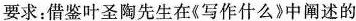
要求：借鉴叶圣陶先生在《写作什么》中阐述的